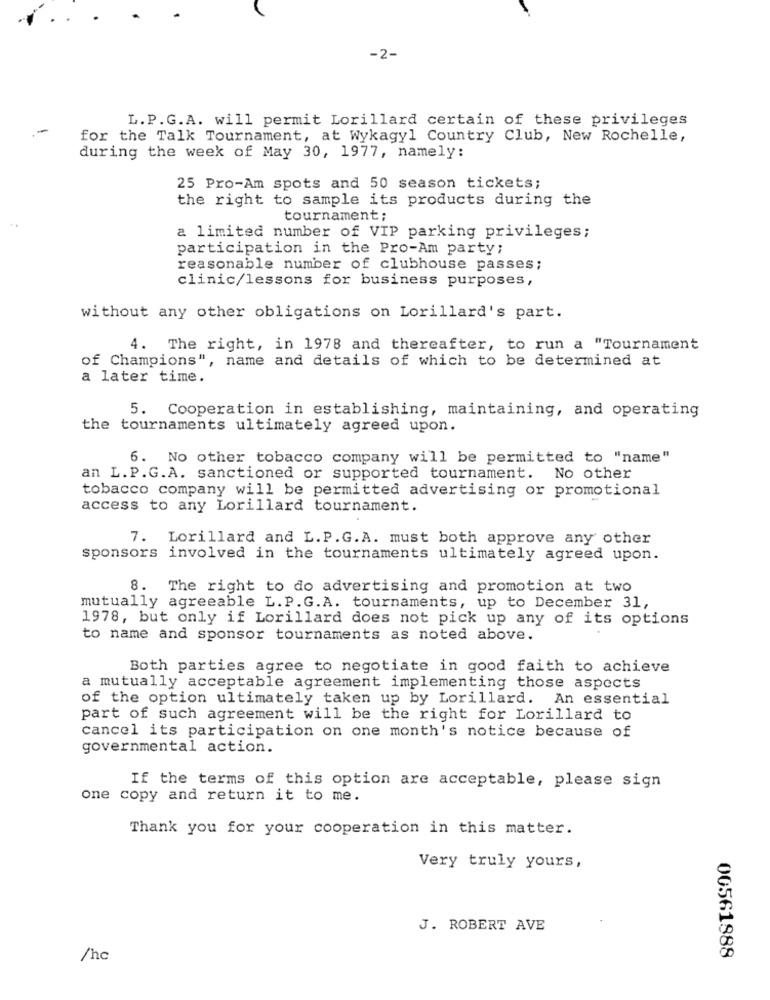
-2-
L.P.G.A. will permit Lorillard certain of these privileges
for the Talk Tournament, at Wykagyl Country Club, New Rochelle,
during the week of May 30, 1977, namely:
25 Pro-Am spots and 50 season tickets;
the right to sample its products during the
tournament;
a limited number of VIP parking privileges;
participation in the Pro-Am party;
reasonable number of clubhouse passes;
clinic/lessons for business purposes,
without any other obligations on Lorillard's part.
4. The right, in 1978 and thereafter, to run a "Tournament
of Champions", name and details of which to be determined at
a later time.
5. Cooperation in establishing, maintaining, and operating
the tournaments ultimately agreed upon.
6. No other tobacco company will be permitted to "name"
an L.P.G.A. sanctioned or supported tournament. No other
tobacco company will be permitted advertising or promotional
access to any Lorillard tournament.
7. Lorillard and L. P.G. A. must both approve any other
sponsors involved in the tournaments ultimately agreed upon.
8. The right to do advertising and promotion at two
mutually agreeable L. P.G.A. tournaments, up to December 31,
1978, but only if Lorillard does not pick up any of its options
to name and sponsor tournaments as noted above.
Both parties agree to negotiate in good faith to achieve
a mutually acceptable agreement implementing those aspects
of the option ultimately taken up by Lorillard. An essential
part of such agreement will be the right for Lorillard to
cancel its participation on one month's notice because of
governmental action.
If the terms of this option are acceptable, please sign
one copy and return it to me.
Thank you for your cooperation in this matter.
Very truly yours,
J. ROBERT AVE
00561888
/hc